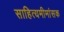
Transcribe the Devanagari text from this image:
साहित्यमीमांसक